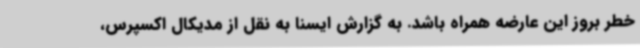
خطر بروز این عارضه همراه باشد. به گزارش ایسنا به نقل از مدیکال اکسپرس،